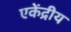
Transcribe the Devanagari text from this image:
एकेंद्रीय